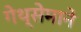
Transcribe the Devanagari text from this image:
गेथ्सेमाने